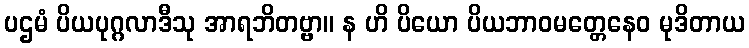
ပဌမံ ပိယပုဂ္ဂလာဒီသု အာရဘိတဗ္ဗာ။ န ဟိ ပိယော ပိယဘာဝမတ္တေနေဝ မုဒိတာယ